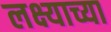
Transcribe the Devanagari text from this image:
लक्ष्याच्या